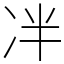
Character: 冸